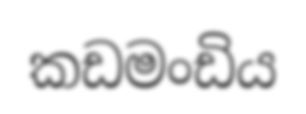
කඩමංඩිය